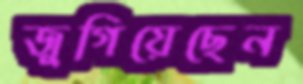
জুগিয়েছেন